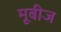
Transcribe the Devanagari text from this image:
मूबीज